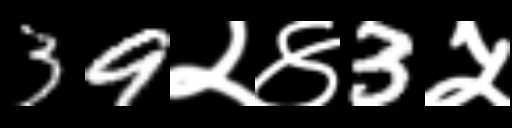
Text: 39२४3५